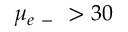
\mu _ { e \mathrm { ~ - ~ } } > 3 0